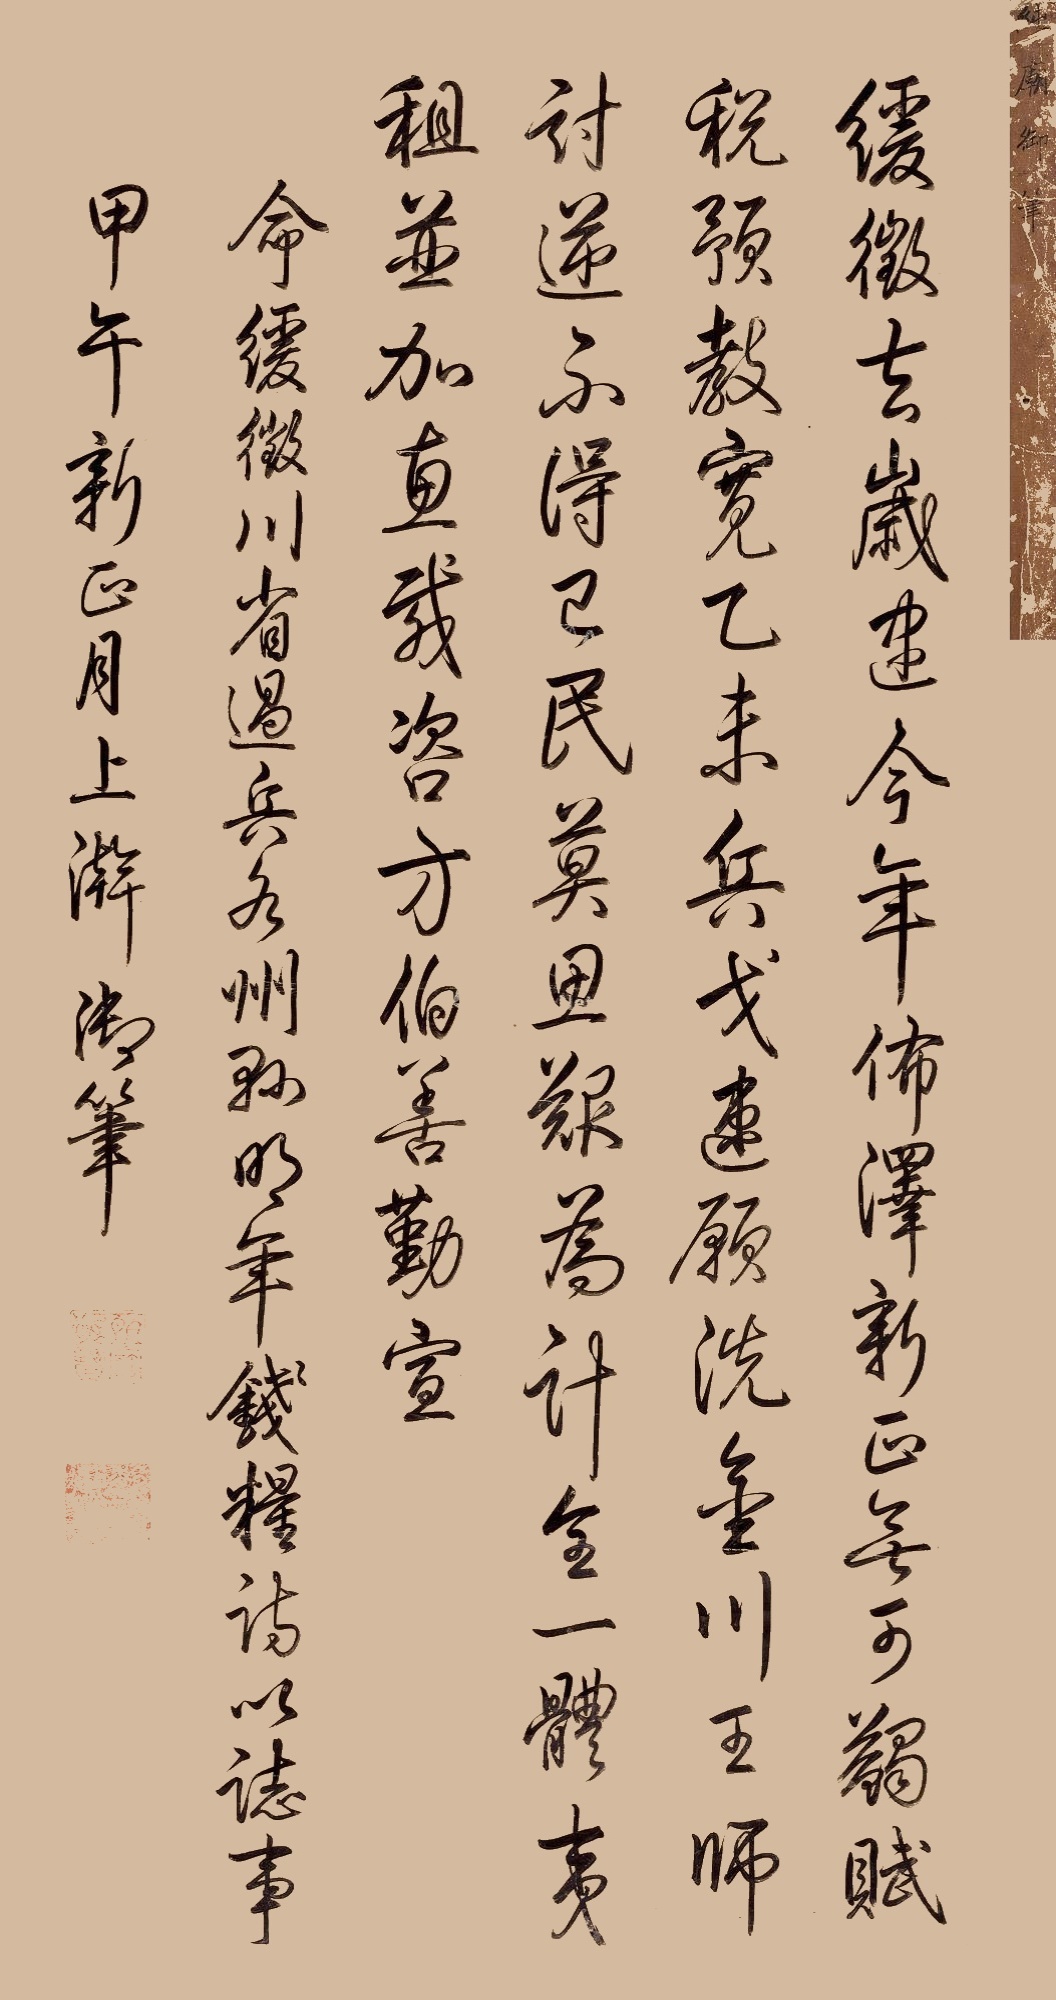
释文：缓征去岁逮今年，布泽新正无可蠲。赋税预教宽乙未，兵戈速愿洗金川。王师讨逆不得已，民莫思艰为计全。一体夷租并加惠，戚咨方伯善勤宣。命缓微川省过兵各州县钱粮诗以志事，甲午新正月，上澣御笔。